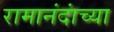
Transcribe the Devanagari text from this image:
रामानंदांच्या